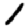
Digit: 1